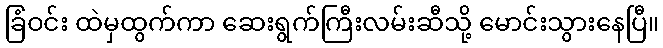
ခြံဝင်း ထဲမှထွက်ကာ ဆေးရွက်ကြီးလမ်းဆီသို့ မောင်းသွားနေပြီ။